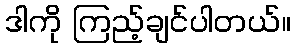
ဒါကို ကြည့်ချင်ပါတယ်။